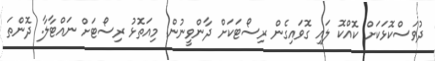
ދުވަސްކޮޅަކަށް ކޮއްކޮ ލައި ގޮވައިގެން ރިސޯޓަކަށް ދާންވީނުން. މިއަތޮޅު ރިސޯޓަށް ނައްޓާލާ. ދޮންތަ